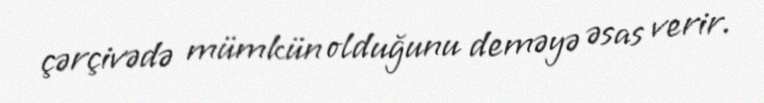
çərçivədə mümkün olduğunu deməyə əsas verir.